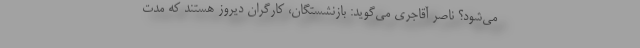
می‌شود؟ ناصر آقاجری می‌گوید: بازنشستگان، کارگران دیروز هستند که مدت